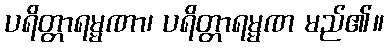
ပရိတ္တာရမ္မဏာ၊ ပရိတ္တာရမ္မဏ မည်၏။